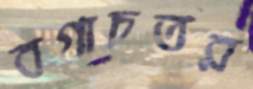
বগাচতর